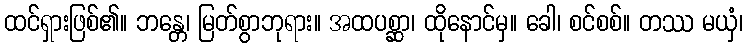
ထင်ရှားဖြစ်၏။ ဘန္တေ၊ မြတ်စွာဘုရား။ အထပစ္ဆာ၊ ထိုနောင်မှ။ ခေါ၊ စင်စစ်။ တဿ မယှံ၊